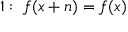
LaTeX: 1 : \; f ( x + n ) = f ( x )